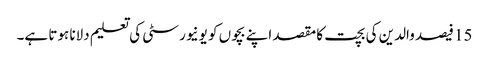
15 فیصد والدین کی بچت کا مقصد اپنے بچوں کو یونیورسٹی کی تعلیم دلانا ہوتا ہے۔